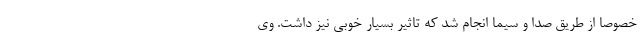
خصوصا از طریق صدا و سیما انجام شد که تاثیر بسیار خوبی نیز داشت. وی